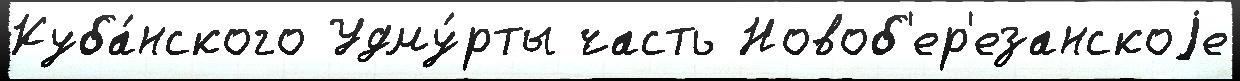
Куба́нского Удму́рты часть Новоб'ер'езанскоjе